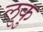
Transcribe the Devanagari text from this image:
लुकु